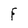
Character: F